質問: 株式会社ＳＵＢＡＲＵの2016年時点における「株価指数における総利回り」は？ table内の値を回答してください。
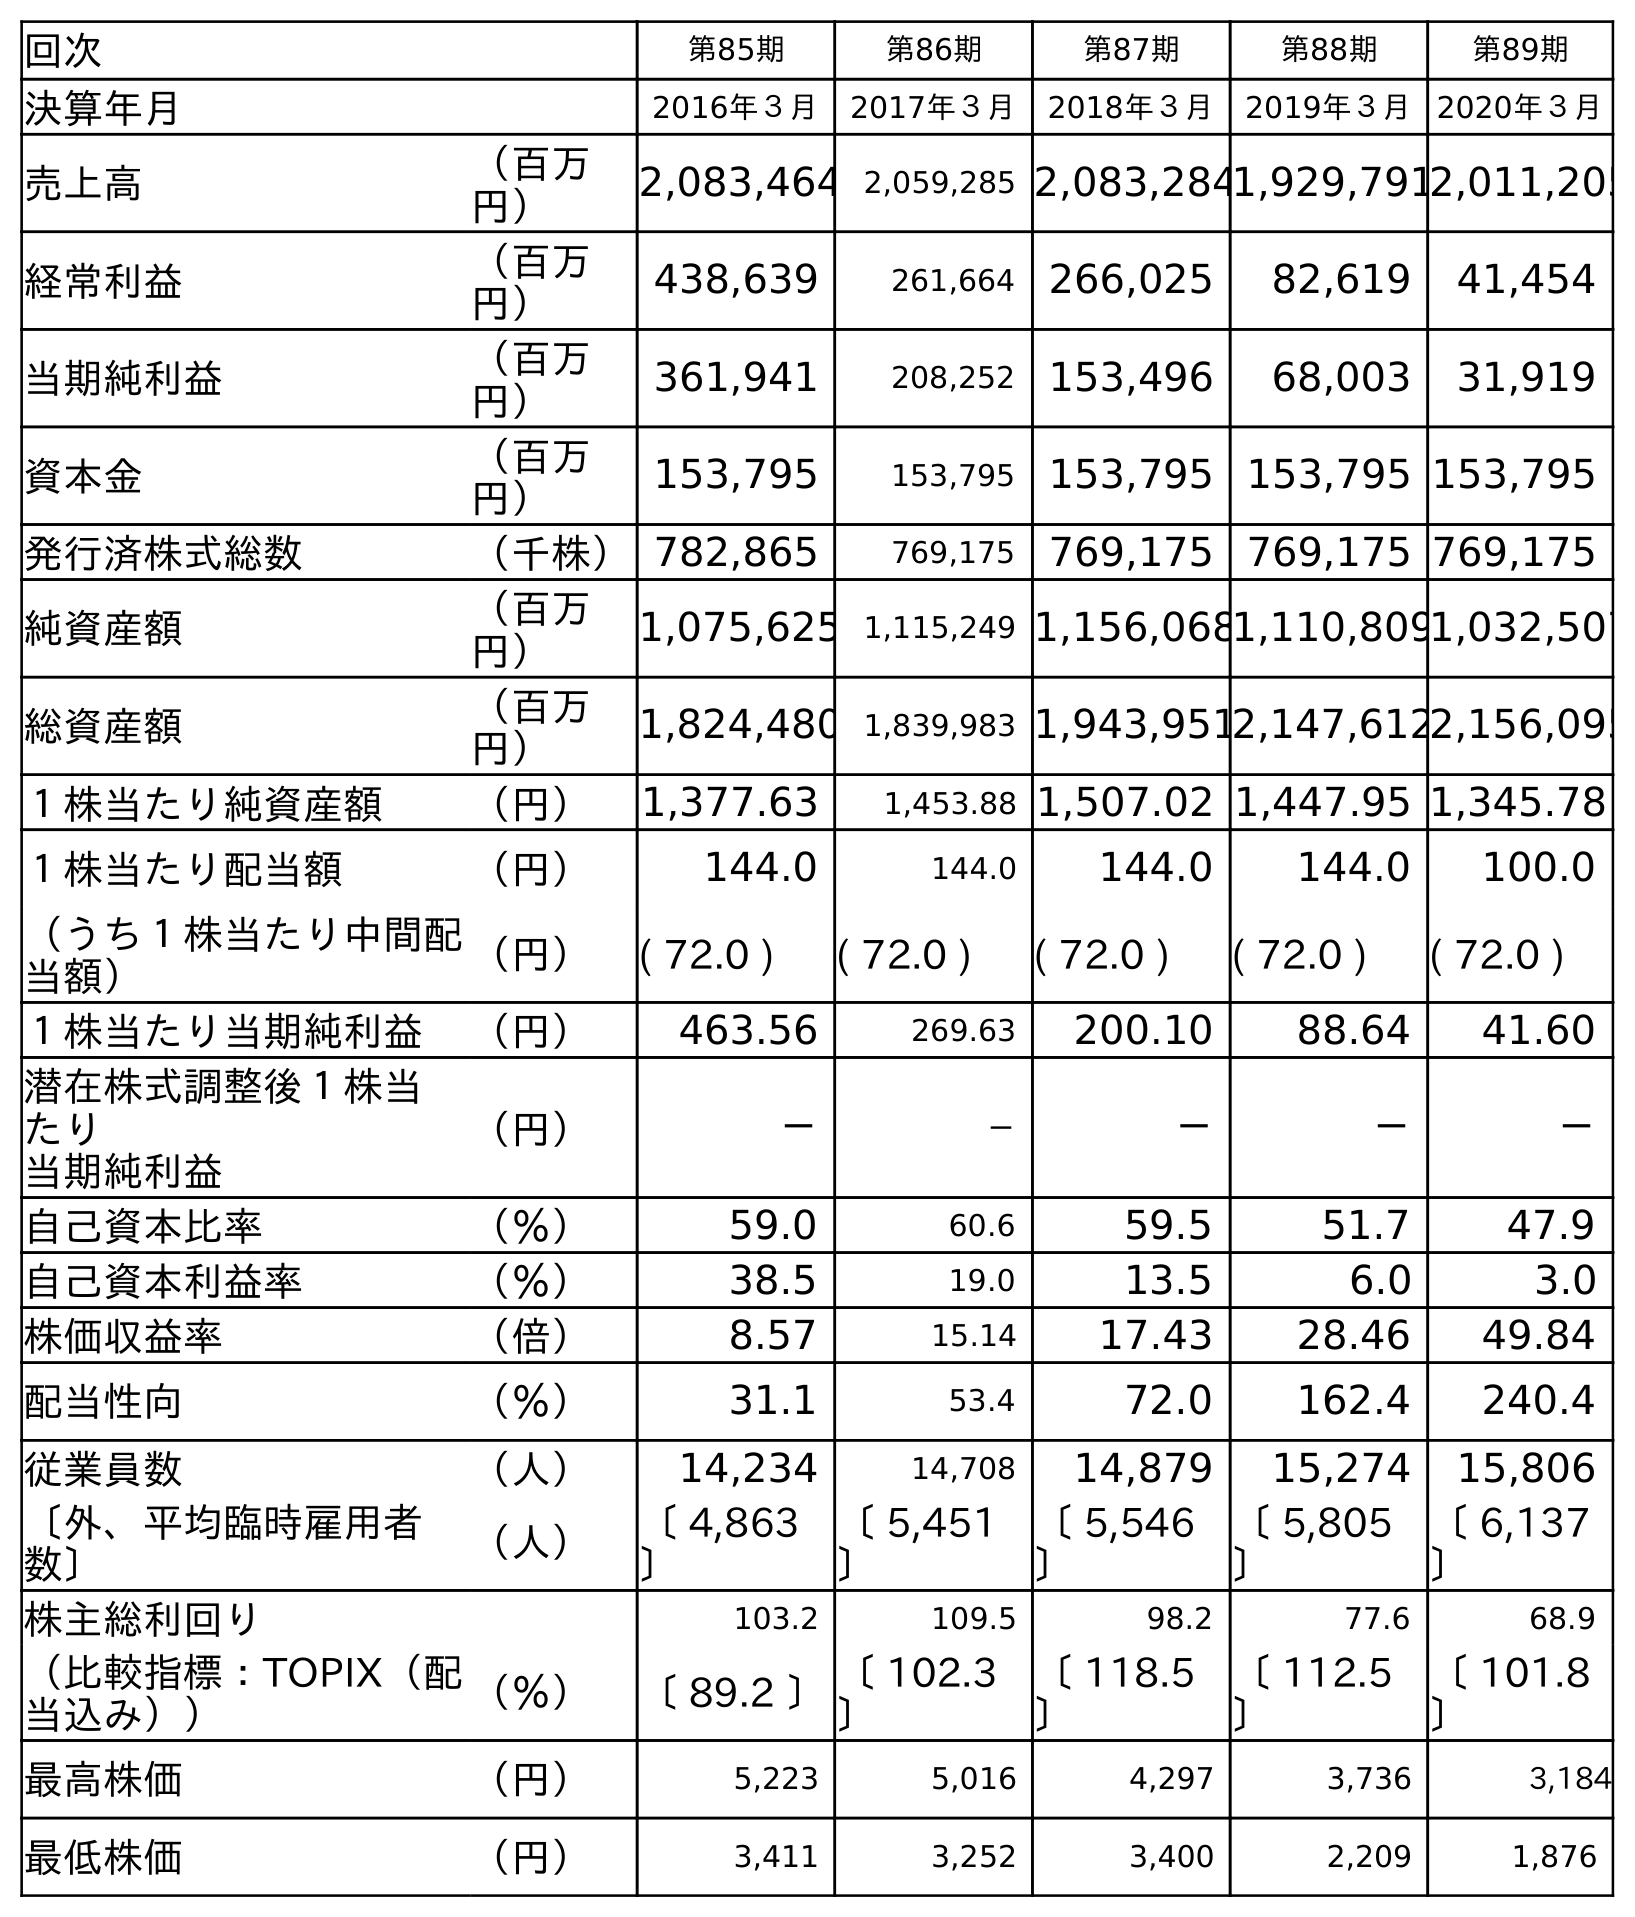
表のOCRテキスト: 回次 第85期 第86期 第87期 第88期 第89期 決算年月 2016年３月 2017年３月 2018年３月 2019年３月 2020年３月 売上高 （百万 円） 2,083,464 2,059,285 2,083,2841,929,7912,011,205 経常利益 （百万 円） 438,639 261,664 266,025 82,619 41,454 当期純利益 （百万 円） 361,941 208,252 153,496 68,003 31,919 資本金 （百万 円） 153,795 153,795 153,795 153,795 153,795 発行済株式総数 （千株）782,865 769,175 769,175 769,175 769,175 純資産額 （百万 円） 1,075,625 1,115,249 1,156,0681,110,8091,032,507 総資産額 （百万 円） 1,824,480 1,839,983 1,943,9512,147,6122,156,095 １株当たり純資産額 （円） 1,377.63 1,453.88 1,507.02 1,447.95 1,345.78 １株当たり配当額 （円） 144.0 144.0 144.0 144.0 100.0 （うち１株当たり中間配 当額） （円） ( 72.0 ) ( 72.0 ) ( 72.0 ) ( 72.0 ) ( 72.0 ) １株当たり当期純利益 （円） 463.56 269.63 200.10 88.64 41.60 潜在株式調整後１株当 たり 当期純利益 （円） － － － － － 自己資本比率 （％） 59.0 60.6 59.5 51.7 47.9 自己資本利益率 （％） 38.5 19.0 13.5 6.0 3.0 株価収益率 （倍） 8.57 15.14 17.43 28.46 49.84 配当性向 （％） 31.1 53.4 72.0 162.4 240.4 従業員数 （人） 14,234 14,708 14,879 15,274 15,806 〔外、平均臨時雇用者 数〕 （人） 〔 4,863 〕 〔 5,451 〕 〔 5,546 〕 〔 5,805 〕 〔 6,137 〕 株主総利回り 103.2 109.5 98.2 77.6 68.9 （比較指標：TOPIX（配 当込み）） （％） 〔 89.2 〕〔 102.3 〕 〔 118.5 〕 〔 112.5 〕 〔 101.8 〕 最高株価 （円） 5,223 5,016 4,297 3,736 3,184 最低株価 （円） 3,411 3,252 3,400 2,209 1,876
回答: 〔89.2〕